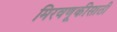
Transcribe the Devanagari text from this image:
मिरवणूकीसाठी